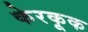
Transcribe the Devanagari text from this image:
केरकूक